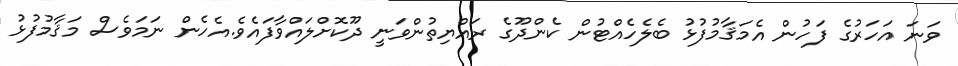
ވަނަ އަހަރުގެ ފަހުން އެމަޤާމުފުޅު ބެލެހެއްޓުން ކެންދޫގެ ރައްޔިތުންވަނީ ދޫކޮށްލައްވާފައެވެ.އެހެން ނަމަވެސް މަޤާމުފުޅު